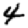
Digit: 4